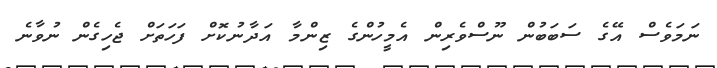
ނަމަވެސް އޭގެ ސަބަބުން ނޫސްވެރިން އެމީހުންގެ ޒިންމާ އަދާނުކޮށް ފަހަތަށް ޖެހިގެން ނުވާނެ